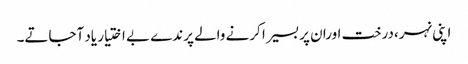
اپنی نہر،درخت اورا ن پر بسیرا کرنے والے پرندے بے اختیار یاد آجاتے۔